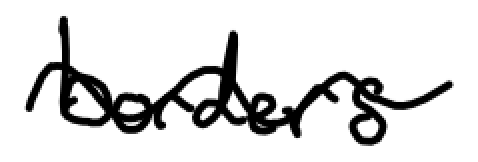
Text: borders.
Cross-out: wave
Writing tool: digital_black